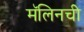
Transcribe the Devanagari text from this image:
मॅलिनची